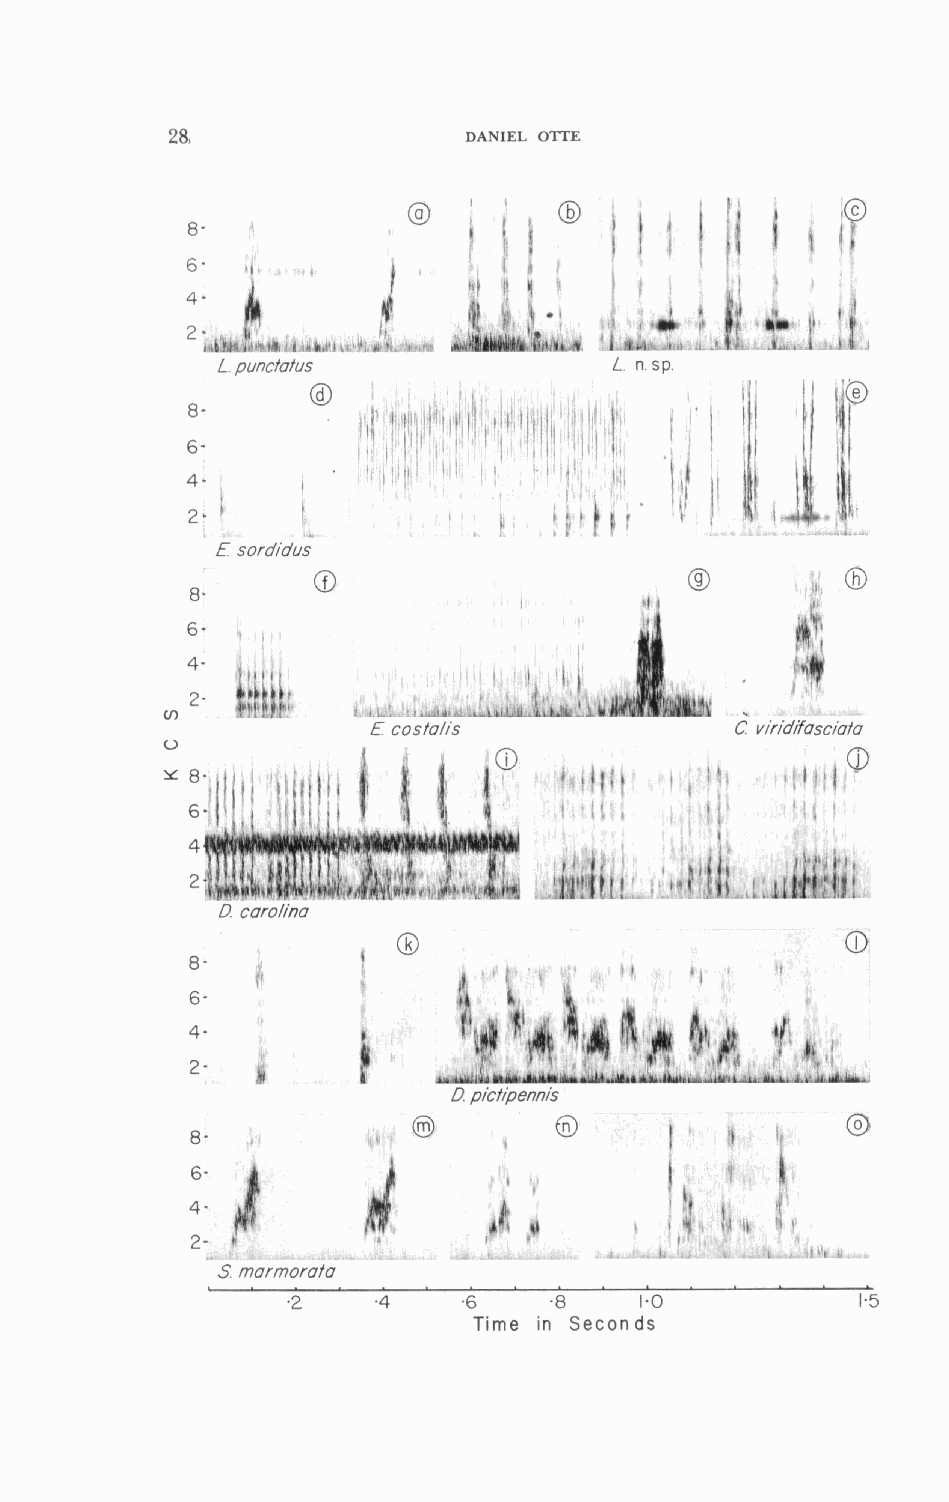
28,                 DANIEL OTTE
 L. punctofus               L. n. sp.
 S. rnurrnorofa
 1                                          L
 -2    .4    .6    8    1.0            1.5
 Time in Seconds